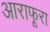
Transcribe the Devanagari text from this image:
आराफूरा